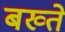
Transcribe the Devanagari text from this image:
बख्ते